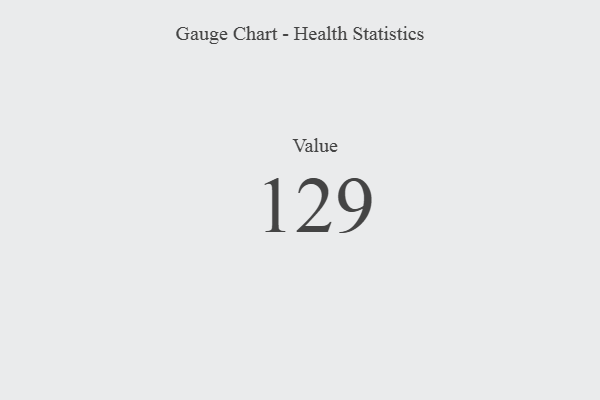
{"axis": {"x": "Metric", "y": "Value"}, "legend": [""], "data": [{"x": "Value", "y": 129, "type": ""}]}